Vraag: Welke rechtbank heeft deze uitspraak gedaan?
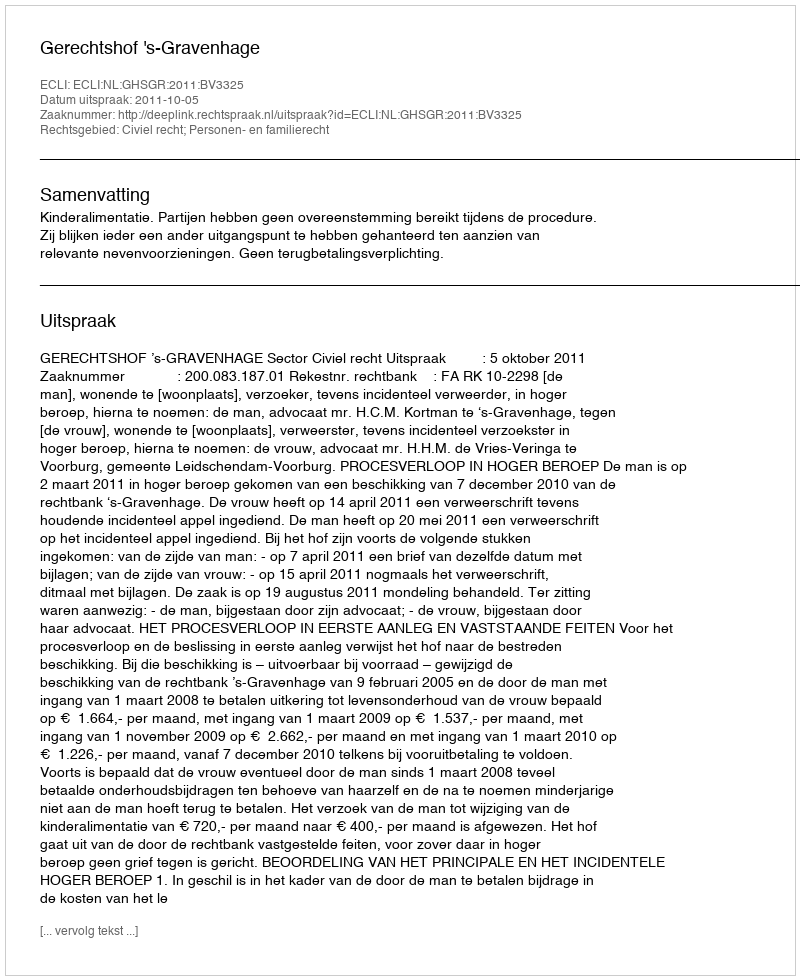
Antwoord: Gerechtshof 's-Gravenhage